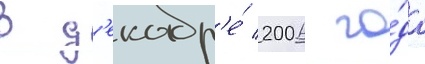
В д'екабр'е́ 2006 го́да